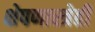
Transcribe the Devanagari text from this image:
क्षेपणास्त्रेही